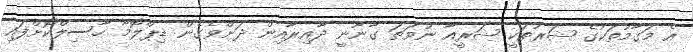
އެ މަގާމުތަކުގެ ޝަރުތަކީ ޝަރީއާ ނުވަތަ ގާނޫނީ ދާއިރާއިން ދަށްވެގެން ޑިޕްލޮމާ ހާސިލްކޮށްފައި